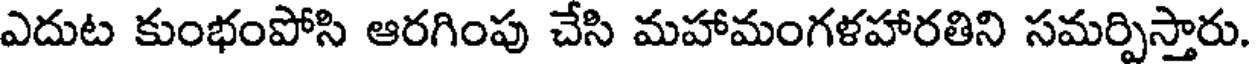
ఎదుట కుంభంపోసి ఆరగింపు చేసి మహామంగళహారతిని సమర్పిస్తారు.